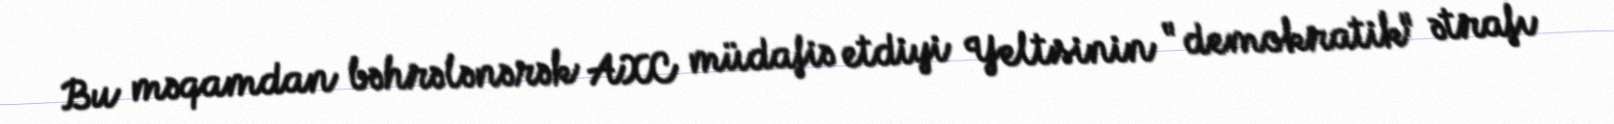
Bu məqamdan bəhrələnərək AXC müdafiə etdiyi Yeltsinin "demokratik" ətrafı